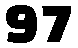
97